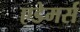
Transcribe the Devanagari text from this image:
एडेमर्स